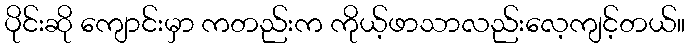
ပိုင်းဆို ကျောင်းမှာ ကတည်းက ကိုယ့်ဖာသာလည်းလေ့ကျင့်တယ်။